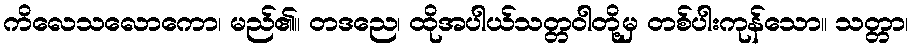
ကိလေသလောကော၊ မည်၏။ တဒညေ၊ ထိုအပါယ်သတ္တဝါတို့မှ တစ်ပါးကုန်သော။ သတ္တာ၊